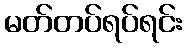
မတ်တပ်ရပ်ရင်း